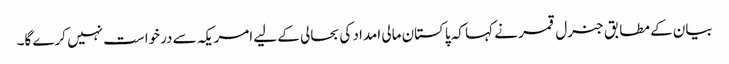
بیان کے مطابق جنرل قمر نے کہا کہ پاکستان مالی امداد کی بحالی کے لیے امریکہ سے درخواست نہیں کرے گا۔